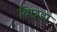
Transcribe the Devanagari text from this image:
बिछडा